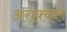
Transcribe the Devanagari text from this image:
अराक्कल